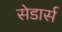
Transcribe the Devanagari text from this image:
सेडार्स